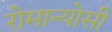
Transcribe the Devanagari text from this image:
रोमान्योसी